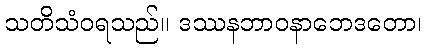
သတိသံဝရသည်။ ဒဿနဘာဝနာဘေဒတော၊